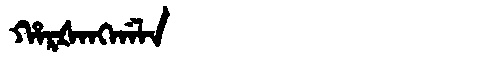
Manchu: ᡥᠠᡵᡧᠠᠩᡤᠠᠯᠠ
Romanization: HARŠANGGALA